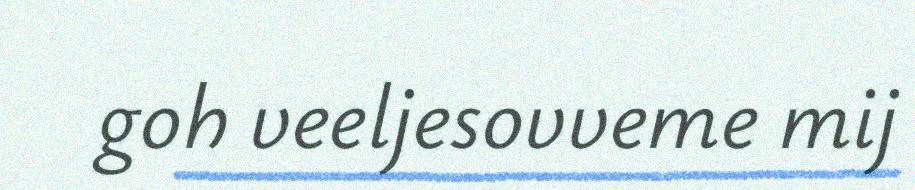
goh veeljesovveme mij